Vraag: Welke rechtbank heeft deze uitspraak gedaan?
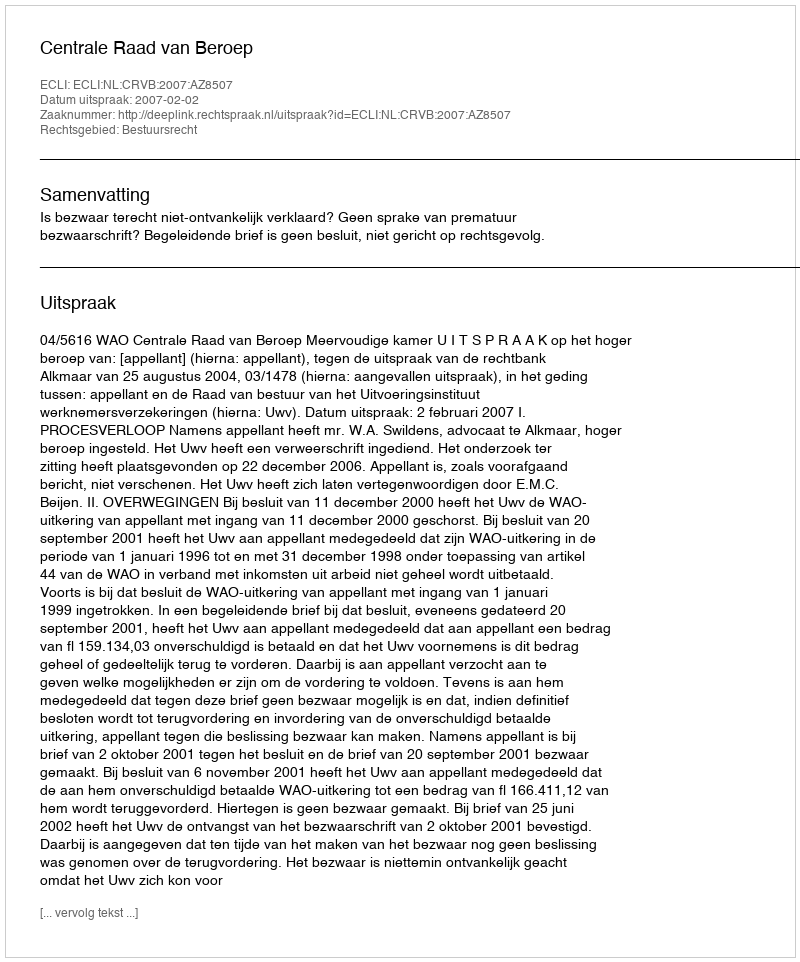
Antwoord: Centrale Raad van Beroep